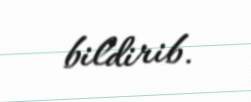
bildirib.